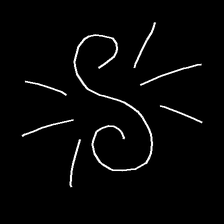
Glyph: wind-directs-air